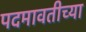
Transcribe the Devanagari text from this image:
पदमावतीच्या